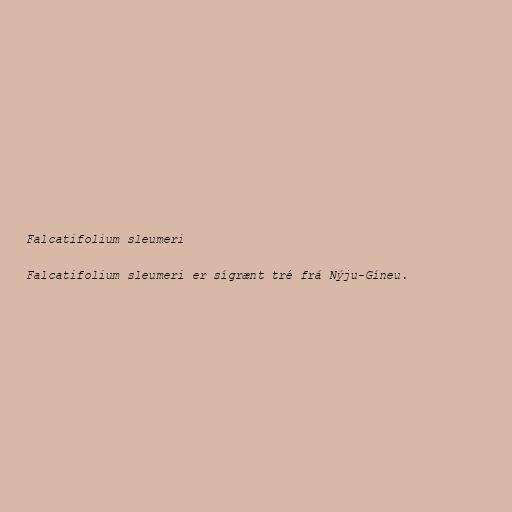
Falcatifolium sleumeri

Falcatifolium sleumeri er sígrænt tré frá Nýju-Gíneu.